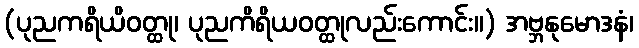
(ပုညကရိယိဝတ္ထု၊ ပုညကိရိယဝတ္ထုလည်းကောင်း။) အဗ္ဘနုမောဒနံ၊